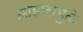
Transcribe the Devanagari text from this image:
आहारामुळे